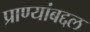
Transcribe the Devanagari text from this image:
प्राण्यांबद्दल